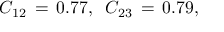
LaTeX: C _ { 1 2 } \, = \, 0 . 7 7 , \; \; C _ { 2 3 } \, = \, 0 . 7 9 ,